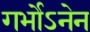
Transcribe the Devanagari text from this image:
गर्भोऽनेन